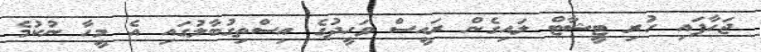
ޖަހާފައި ހުރި ޓީޝާޓް ލައިގެން ރައީސް ވަހީދުގެ އިސްތިގުބާލުގައި އެ މީހާ ނުކުމެ